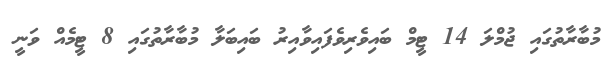
މުބާރާތުގައި ޖުމްލަ 14 ޓީމް ބައިވެރިވެފައިވާއިރު ބައިބަލާ މުބާރާތުގައި 8 ޓީމެއް ވަނީ